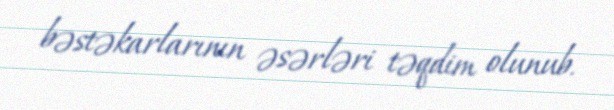
bəstəkarlarının əsərləri təqdim olunub.